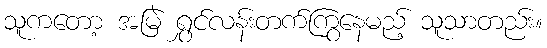
သူကတော့ အမြဲ ရွှင်လန်းတက်ကြွနေမည့် သူသာတည်း။